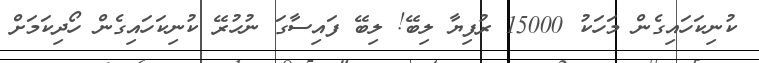
ކުނިކަހައިގެން މަަހަކު 15000 ރުފިޔާ ލިބޭ! ލިބޭ ފައިސާގަ ނުހުރޭ ކުނިކަހައިގެން ހޯދިކަމަށް